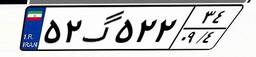
۵۲گ۵۲۲۳۴